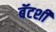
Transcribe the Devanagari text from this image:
बॅटशी